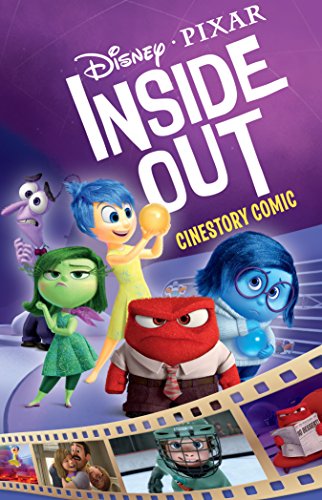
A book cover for Disney's Inside Out Cinestory; Michael Arndt; Children's Books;